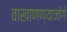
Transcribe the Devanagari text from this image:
वाखाणण्याजोगे